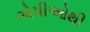
ગોપીઓથી